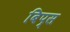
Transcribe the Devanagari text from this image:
बिप्स